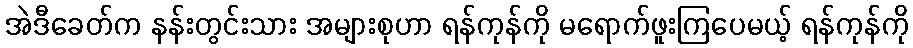
အဲဒီခေတ်က နန်းတွင်းသား အများစုဟာ ရန်ကုန်ကို မရောက်ဖူးကြပေမယ့် ရန်ကုန်ကို